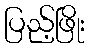
ပြည့်ဖြိုး